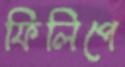
ফিলিপে